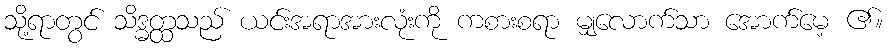
သို့ရာတွင် သိဒ္ဓတ္ထသည် ယင်းအရာအားလုံးကို ကစားစရာ မျှလောက်သာ အောက်မေ့ ၏။